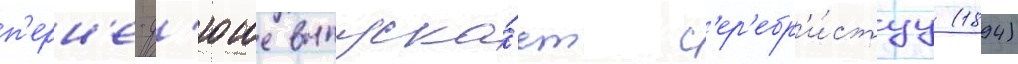
п'ерн'е-д'юше выпуска́ет с'ер'ебр'и́стуу (1894)